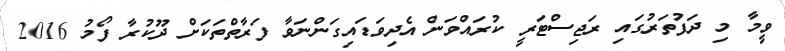
ވީމާ މި ދަފުތަރުގައި ރަޖިސްޓަރީ ކުރައްވަން އެދިވަޑައިގަންނަވާ ފަރާތްތަކަށް ދޫކުރާ ފޯމު 2016